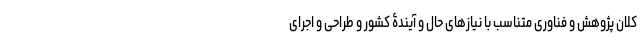
کلان پژوهش و فناوری متناسب با نیازهای حال و آیندۀ کشور و طراحی و اجرای